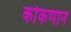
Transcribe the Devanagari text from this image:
कोकणाने